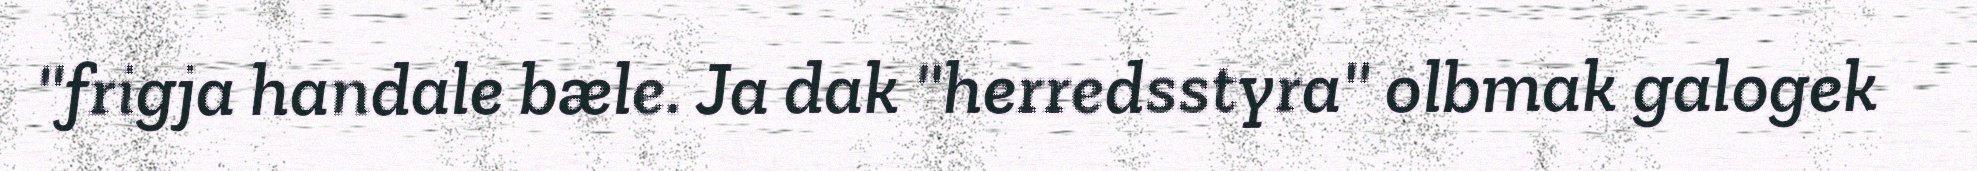
"frigja handale bæle. Ja dak "herredsstyra" olbmak galogek